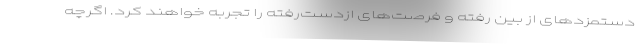
دستمزدهای از بین رفته و فرصت‌های ازدست‌رفته را تجربه خواهند کرد. اگرچه